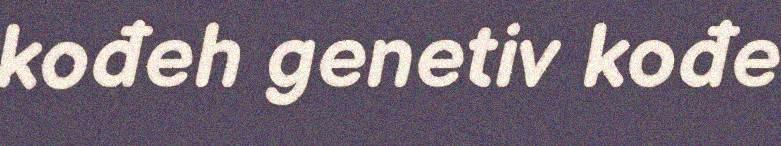
kođeh genetiv kođe